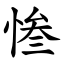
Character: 惨